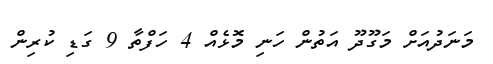
މަނަދުއަށް މަގޫދޫ އަތުން ހަނި މޮޅެއް 4 ހަފްތާ 9 ގަޑި ކުރިން